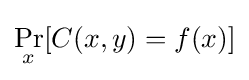
\Pr _{x}[C(x,y)=f(x)]